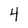
Character: 4